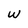
Character: W